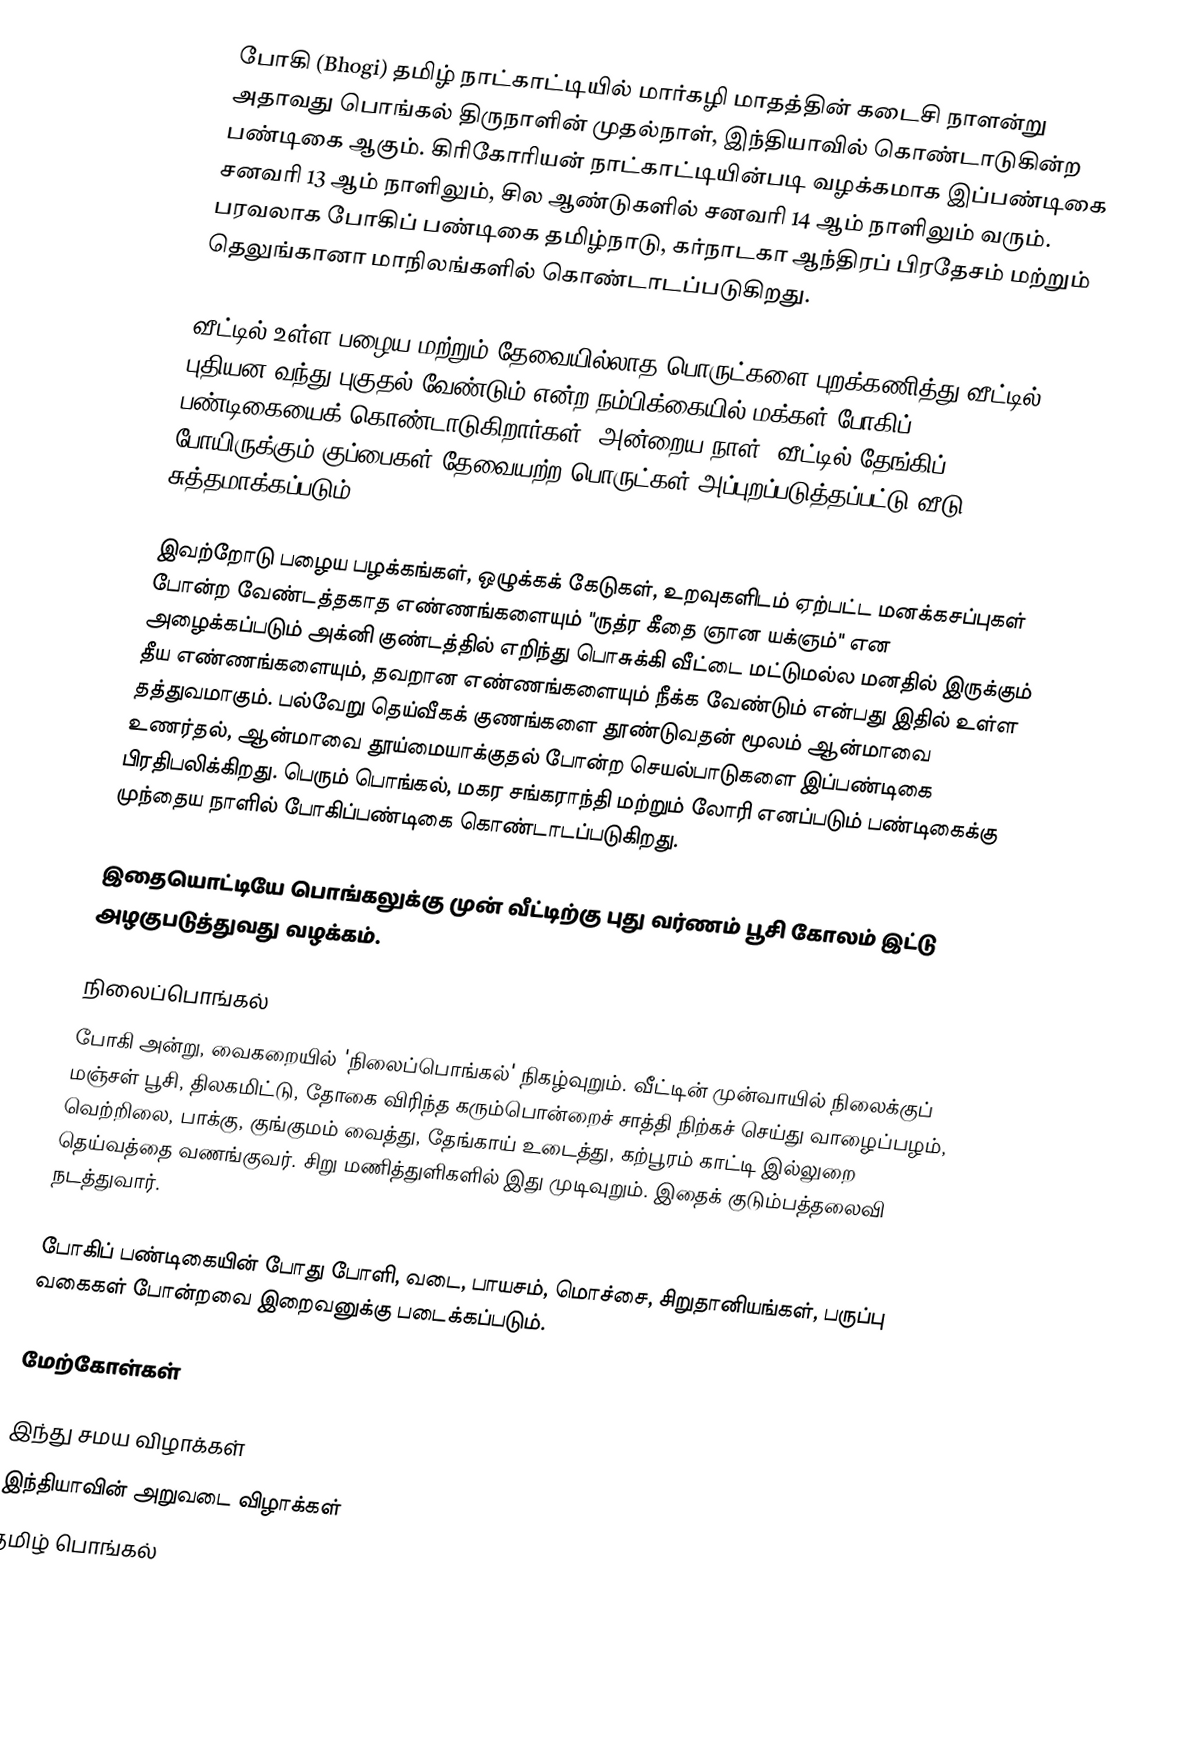
போகி (Bhogi) தமிழ் நாட்காட்டியில் மார்கழி மாதத்தின் கடைசி நாளன்று அதாவது பொங்கல் திருநாளின் முதல்நாள், இந்தியாவில் கொண்டாடுகின்ற பண்டிகை ஆகும். கிரிகோரியன் நாட்காட்டியின்படி வழக்கமாக இப்பண்டிகை சனவரி 13 ஆம் நாளிலும், சில ஆண்டுகளில் சனவரி 14 ஆம் நாளிலும் வரும். பரவலாக போகிப் பண்டிகை  தமிழ்நாடு, கர்நாடகா ஆந்திரப் பிரதேசம் மற்றும் தெலுங்கானா மாநிலங்களில் கொண்டாடப்படுகிறது.

வீட்டில் உள்ள பழைய மற்றும் தேவையில்லாத பொருட்களை புறக்கணித்து வீட்டில் புதியன வந்து புகுதல் வேண்டும் என்ற நம்பிக்கையில் மக்கள் போகிப் பண்டிகையைக் கொண்டாடுகிறார்கள். அன்றைய நாள், வீட்டில் தேங்கிப் போயிருக்கும் குப்பைகள் தேவையற்ற பொருட்கள் அப்புறப்படுத்தப்பட்டு வீடு சுத்தமாக்கப்படும்.

இவற்றோடு பழைய பழக்கங்கள், ஒழுக்கக் கேடுகள், உறவுகளிடம் ஏற்பட்ட மனக்கசப்புகள் போன்ற வேண்டத்தகாத எண்ணங்களையும் "ருத்ர கீதை ஞான யக்ஞம்" என அழைக்கப்படும் அக்னி குண்டத்தில் எறிந்து பொசுக்கி வீட்டை மட்டுமல்ல மனதில் இருக்கும் தீய எண்ணங்களையும், தவறான எண்ணங்களையும் நீக்க வேண்டும் என்பது இதில் உள்ள தத்துவமாகும். பல்வேறு தெய்வீகக் குணங்களை தூண்டுவதன் மூலம் ஆன்மாவை உணர்தல், ஆன்மாவை தூய்மையாக்குதல் போன்ற செயல்பாடுகளை இப்பண்டிகை பிரதிபலிக்கிறது. பெரும் பொங்கல், மகர சங்கராந்தி மற்றும் லோரி எனப்படும் பண்டிகைக்கு முந்தைய நாளில் போகிப்பண்டிகை கொண்டாடப்படுகிறது.

இதையொட்டியே பொங்கலுக்கு முன் வீட்டிற்கு புது வர்ணம் பூசி கோலம் இட்டு அழகுபடுத்துவது வழக்கம்.

நிலைப்பொங்கல்
போகி அன்று, வைகறையில் 'நிலைப்பொங்கல்' நிகழ்வுறும். வீட்டின் முன்வாயில் நிலைக்குப் மஞ்சள் பூசி, திலகமிட்டு, தோகை விரிந்த கரும்பொன்றைச் சாத்தி நிற்கச் செய்து வாழைப்பழம், வெற்றிலை, பாக்கு, குங்குமம் வைத்து, தேங்காய் உடைத்து, கற்பூரம் காட்டி இல்லுறை தெய்வத்தை வணங்குவர். சிறு மணித்துளிகளில் இது முடிவுறும். இதைக் குடும்பத்தலைவி நடத்துவார்.

போகிப் பண்டிகையின் போது போளி, வடை, பாயசம், மொச்சை, சிறுதானியங்கள், பருப்பு வகைகள் போன்றவை இறைவனுக்கு படைக்கப்படும்.

மேற்கோள்கள்

இந்து சமய விழாக்கள்
இந்தியாவின் அறுவடை விழாக்கள்
தமிழ் பொங்கல்